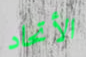
الأتحاد